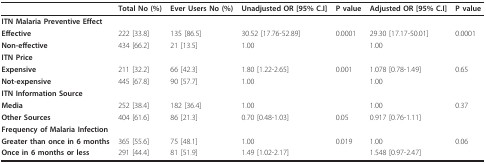
|  | Total No (%) | Ever Users No (%) | Unadjusted OR [95% C.I] | P value | Adjusted OR [95% C.I] | P value |
 | --- | --- | --- | --- | --- | --- | --- |
 | ITN Malaria Preventive Effect |  |  |  |  |  |  |
 | Effective | 222 [33.8] | 135 [86.5] | 30.52 [17.76-52.89] | 0.0001 | 29.30 [17.17-50.01] | 0.0001 |
 | Non-effective | 434 [66.2] | 21 [13.5] | 1.00 |  | 1.00 |  |
 | ITN Price |  |  |  |  |  |  |
 | Expensive | 211 [32.2] | 66 [42.3] | 1.80 [1.22-2.65] | 0.001 | 1.078 [0.78-1.49] | 0.65 |
 | Not-expensive | 445 [67.8] | 90 [57.7] | 1.00 |  | 1.00 |  |
 | ITN Information Source |  |  |  |  |  |  |
 | Media | 252 [38.4] | 182 [36.4] | 1.00 |  | 1.00 | 0.37 |
 | Other Sources | 404 [61.6] | 86 [21.3] | 0.70 [0.48-1.03] | 0.05 | 0.917 [0.76-1.11] |  |
 | Frequency of Malaria Infection |  |  |  |  |  |  |
 | Greater than once in 6 months | 365 [55.6] | 75 [48.1] | 1.00 | 0.019 | 1.00 | 0.06 |
 | Once in 6 months or less | 291 [44.4] | 81 [51.9] | 1.49 [1.02-2.17] |  | 1.548 [0.97-2.47] |  |